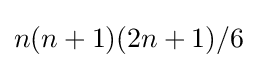
n(n+1)(2n+1)/6